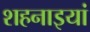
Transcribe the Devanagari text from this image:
शहनाइयां